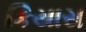
કિયાસ